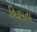
વિરૂપતા